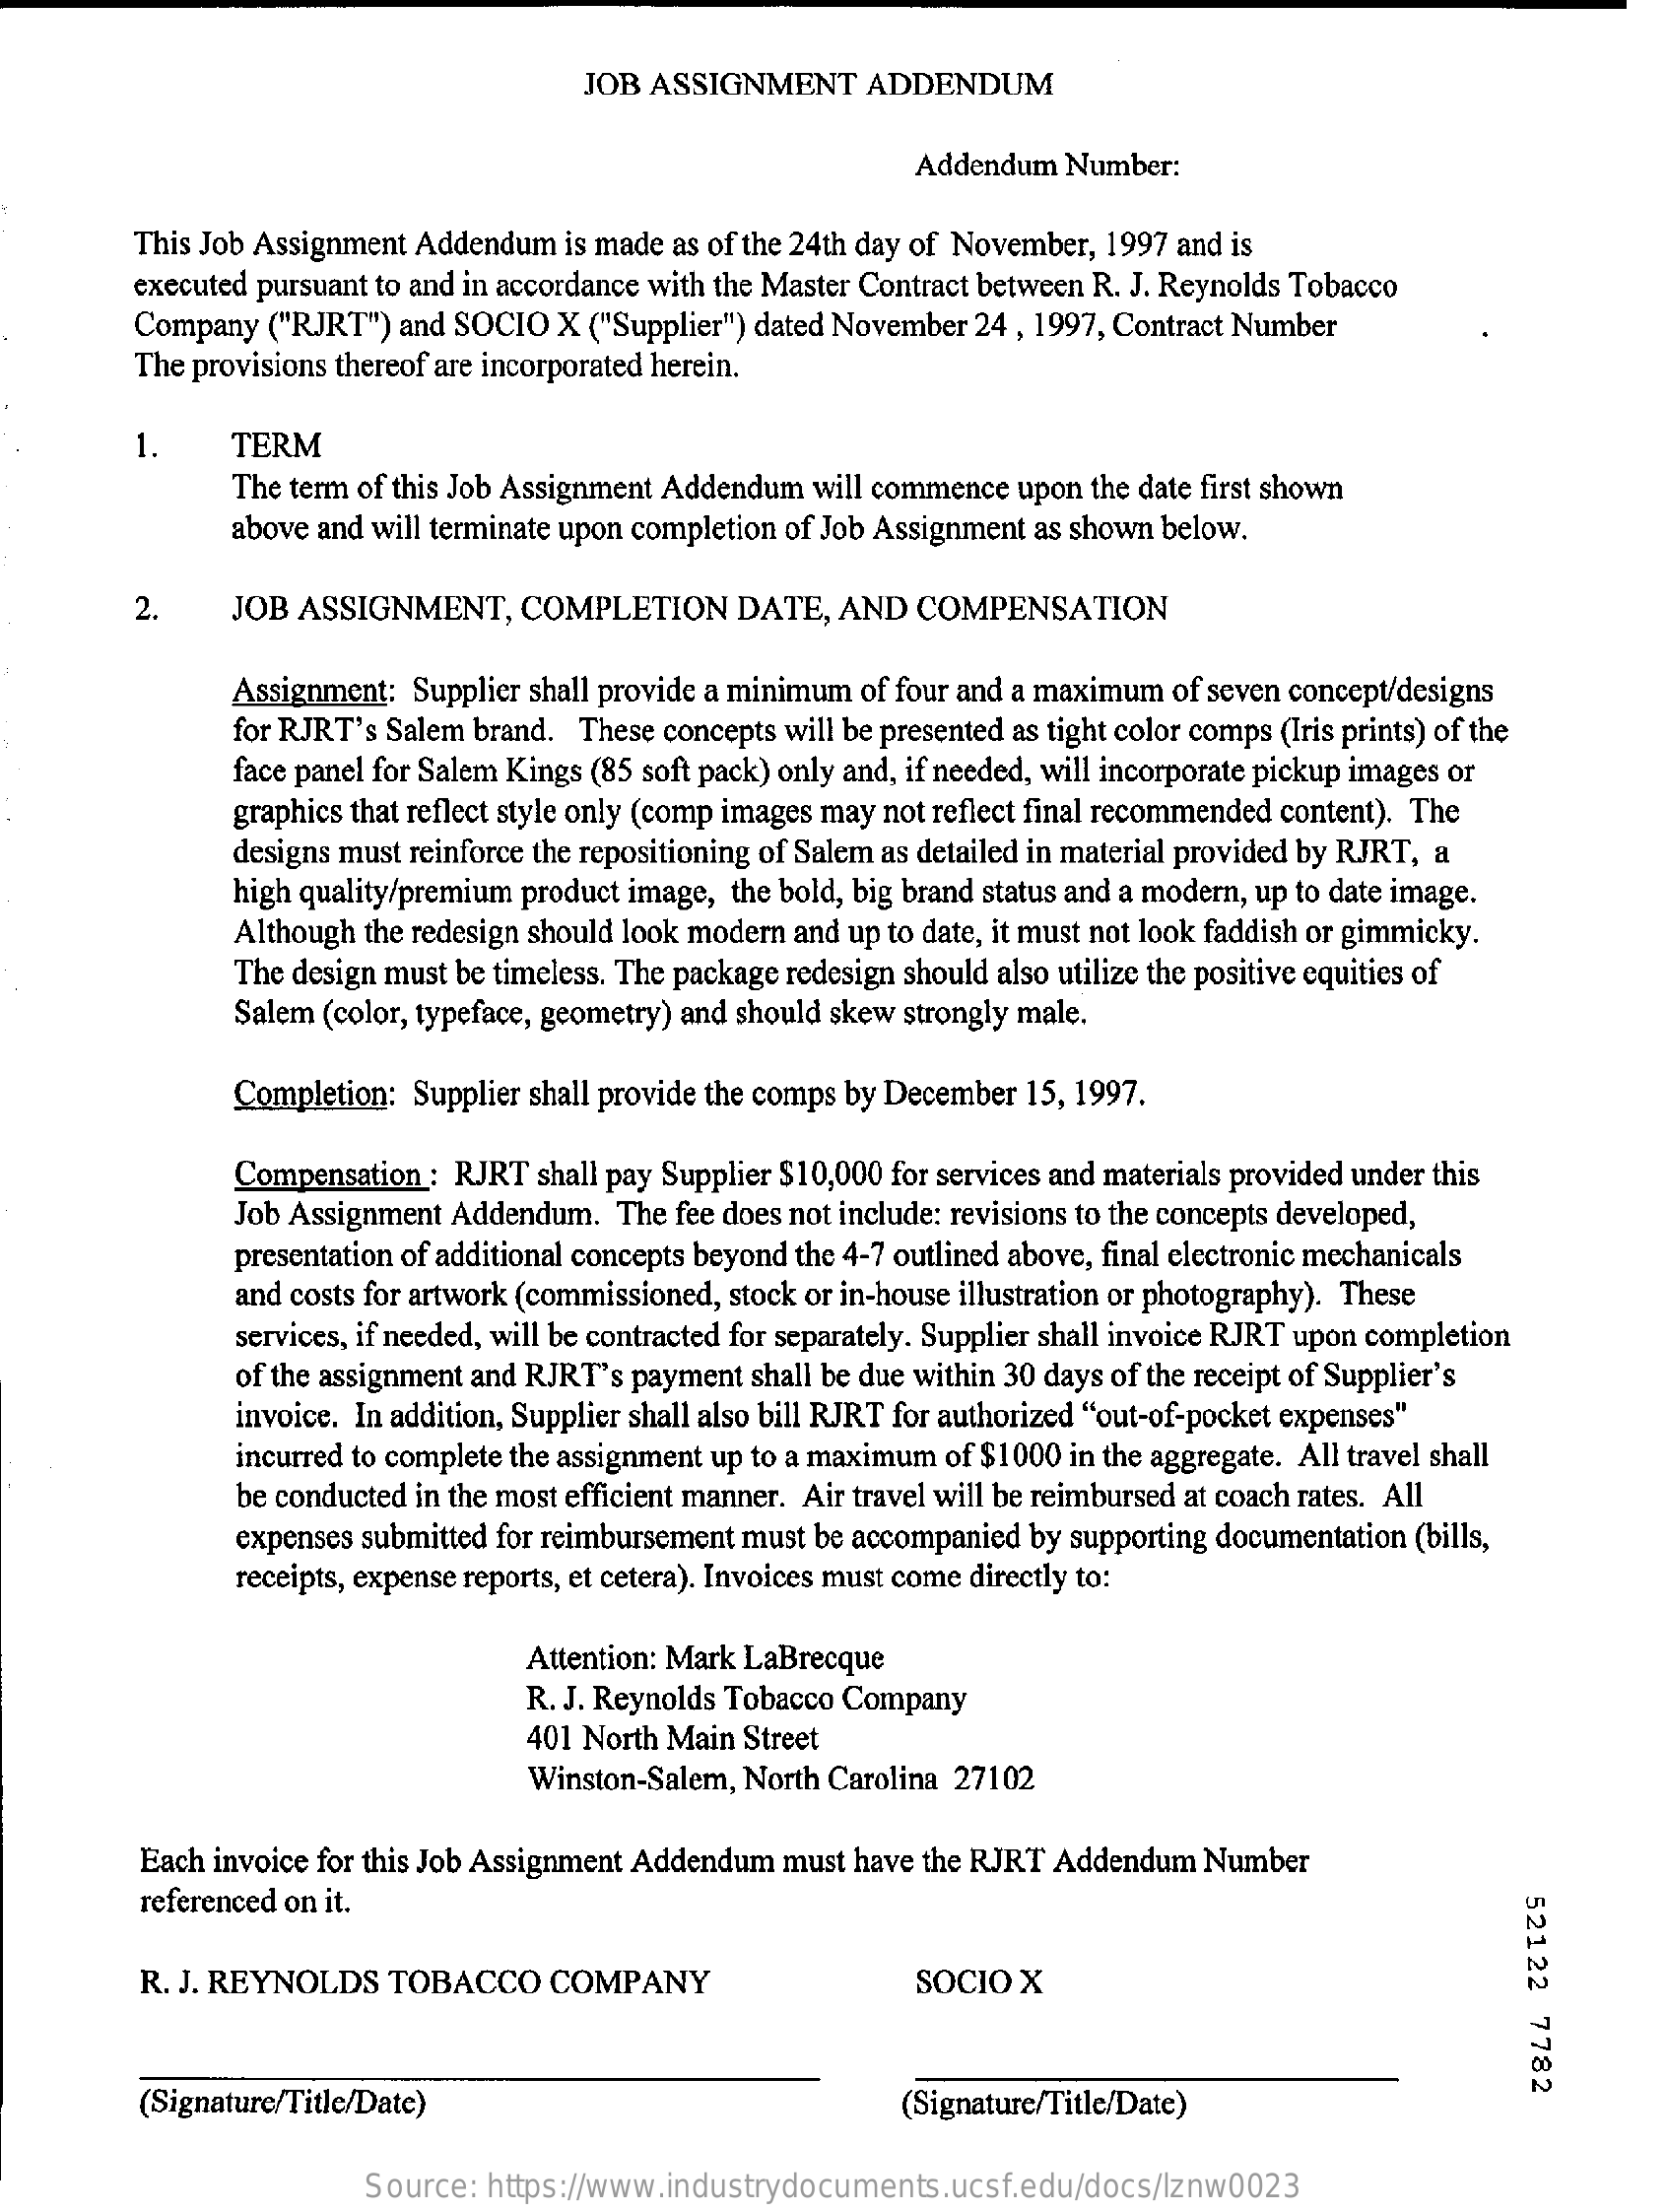
JOB  ASSIGNMENT    ADDENDUM
     Addendum  Number:
     This Job Assignment Addendum is made as of the 24th day of November, 1997 and is
     executed pursuant to and in accordance with the Master Contract between R. J. Reynolds Tobacco
     Company  ("RJRT") and SOCIO X  ("Supplier") dated November 24 , 1997, Contract Number
     The provisions thereof are incorporated herein.
     1    TERM
     The term of this Job Assignment Addendum will commence upon the date first shown
     above and will terminate upon completion of Job Assignment as shown below.
     2.    JOB ASSIGNMENT,    COMPLETION    DATE,  AND  COMPENSATION
     Assignment: Supplier shall provide a minimum of four and a maximum of seven concept/designs
     for RJRT's Salem brand. These concepts will be presented as tight color comps (Iris prints) of the
     face panel for Salem Kings (85 soft pack) only and, if needed, will incorporate pickup images or
     graphics that reflect style only (comp images may not reflect final recommended content). The
     designs must reinforce the repositioning of Salem as detailed in material provided by RJRT, a
     high quality/premium product image, the bold, big brand status and a modern, up to date image.
     Although the redesign should look modern and up to date, it must not look faddish or gimmicky.
     The design must be timeless. The package redesign should also utilize the positive equities of
     Salem (color, typeface, geometry) and should skew strongly male.
     Completion: Supplier shall provide the comps by December 15, 1997.
     Compensation : RJRT shall pay Supplier $10,000 for services and materials provided under this
     Job Assignment Addendum.  The fee does not include: revisions to the concepts developed,
     presentation of additional concepts beyond the 4-7 outlined above, final electronic mechanicals
     and costs for artwork (commissioned, stock or in-house illustration or photography). These
     services, if needed, will be contracted for separately. Supplier shall invoice RJRT upon completion
     of the assignment and RJRT's payment shall be due within 30 days of the receipt of Supplier's
     invoice. In addition, Supplier shall also bill RJRT for authorized "out-of-pocket expenses"
     incurred to complete the assignment up to a maximum of $1000 in the aggregate. All travel shall
     be conducted in the most efficient manner. Air travel will be reimbursed at coach rates. All
     expenses submitted for reimbursement must be accompanied by supporting documentation (bills,
     receipts, expense reports, et cetera). Invoices must come directly to:
     Attention: Mark LaBrecque
     R. J. Reynolds Tobacco Company
     401 North Main Street
     Winston-Salem, North Carolina 27102
     Each invoice for this Job Assignment Addendum must have the RJRT Addendum Number
     referenced on it.
     52122
     7782
     R. J. REYNOLDS  TOBACCO    COMPANY    SOCIO  X
     (Signature/Title/Date)    (Signature/Title/Date)
     Source: https://www.industrydocuments.ucsf.edu/docs/lznw0023